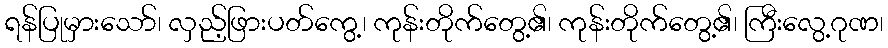
ရန်ပြုမှားသော်၊ လှည့်ဖြားပတ်ကွေ့၊ ကုန်းတိုက်တွေ့၏၊ ကုန်းတိုက်တွေ့၏၊ ကြီးလွေ့ဂုဏ၊